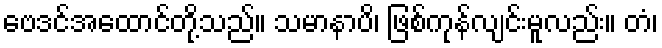
ဗေဒင်အထောင်တို့သည်။ သမာနာပိ၊ ဖြစ်ကုန်လျင်းမူလည်း။ တံ၊